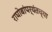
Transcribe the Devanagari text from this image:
राघोबांपर्यंतच्या